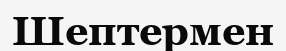
Шептермен